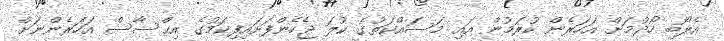
އެލޯބި ހޯދުމަށް އަހަރެން ކުރަމުން އައި މަސައްކަތުގެ ކުލަ ޖެހެންފަށައިފިކަމުގެ އިޙްސާސް އަހަރެންނަށް